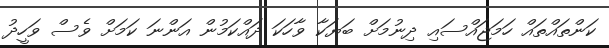
ކަންތައްތައް ހަމަޖައްސައި ދިނުމަށް ބަޔަކާ ވާހަކަ ދައްކަމުން އަންނަ ކަމަށް ވެސް ވަހީދު